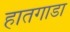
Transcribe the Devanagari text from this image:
हातगाडा